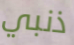
ذنبي